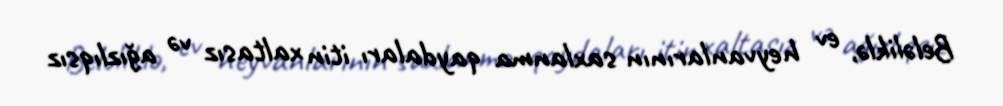
Beləliklə, ev heyvanlarının saxlanma qaydaları itin xaltasız və ağızlıqsız